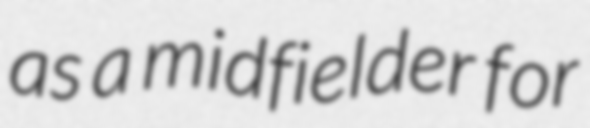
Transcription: as a midfielder for